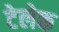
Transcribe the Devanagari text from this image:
टेलेक